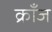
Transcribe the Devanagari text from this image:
क्राँज